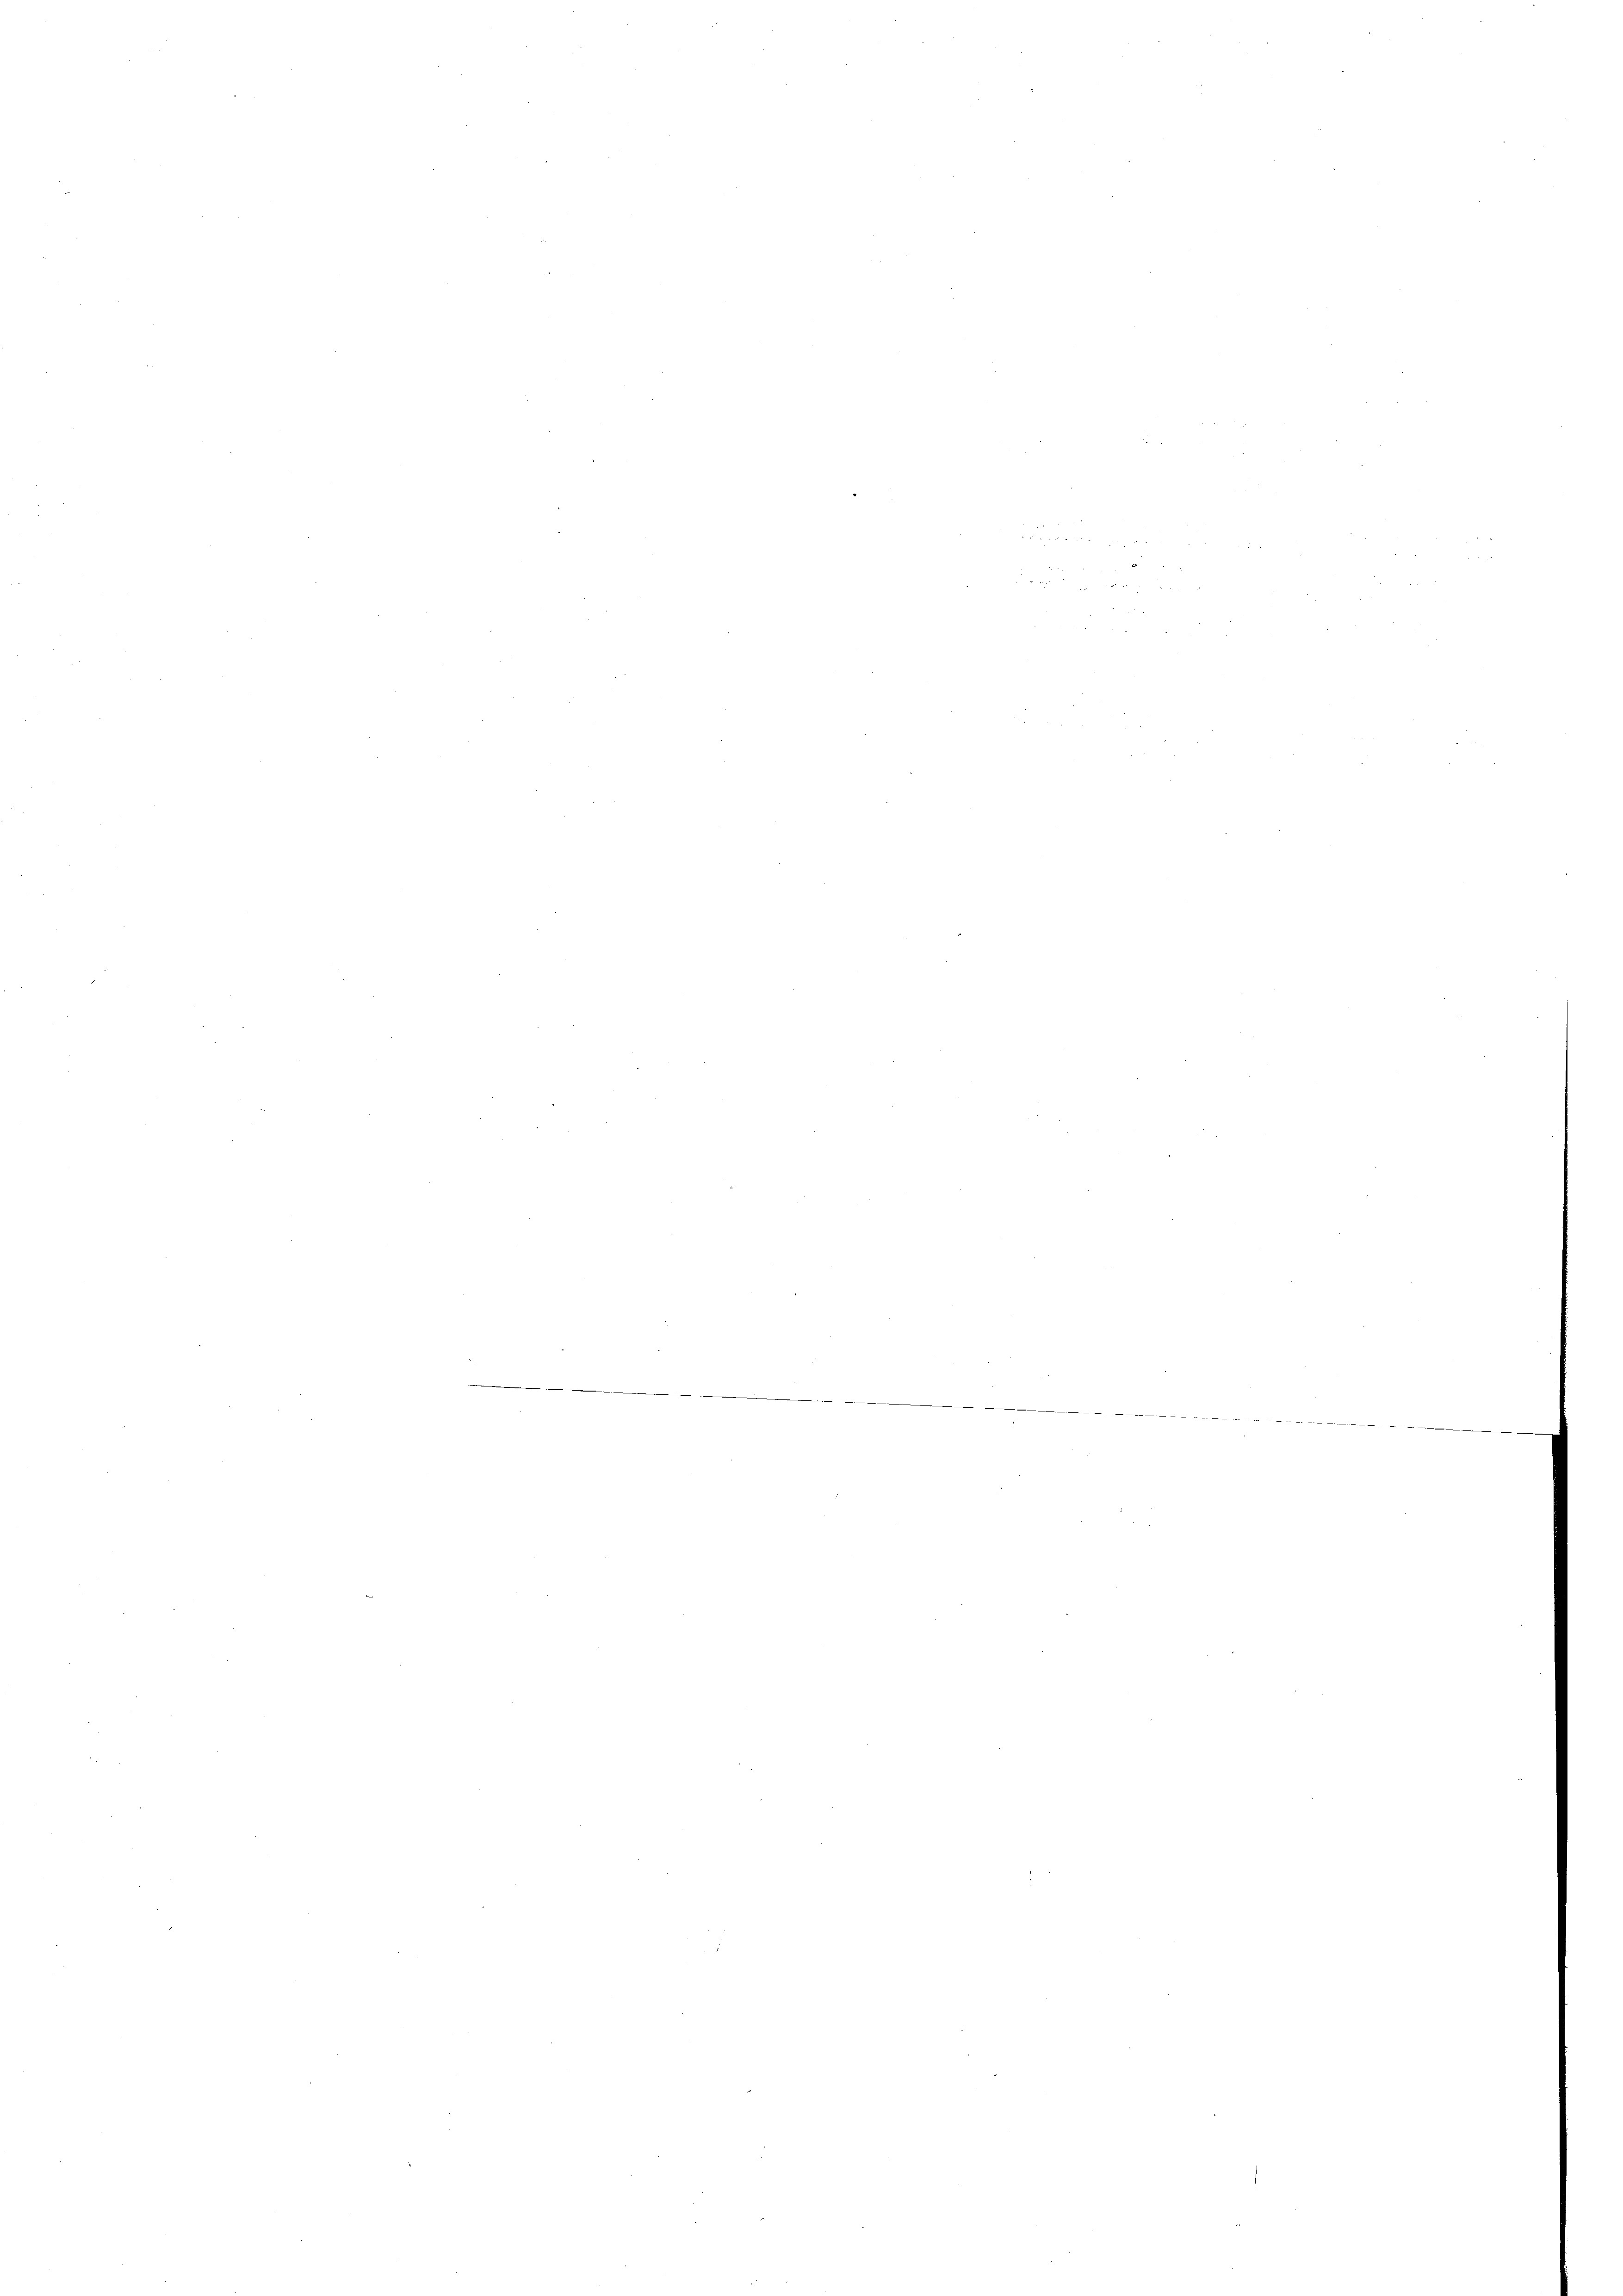
e